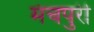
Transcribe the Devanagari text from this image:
मंचपुरी